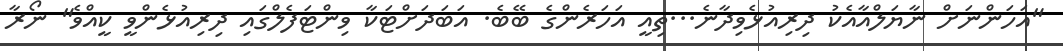
"އަހަންނަށް ނާޔަލްއާއެކު ދިރިއުޅެވިދާނެ...ތިއީ އަހަރެންގެ ބޭބެ. އަބަދަށްޓަކާ ވިންޓަފެލްގައި ދިރިއުޅެންވީ ކީއްވެ" ނޯރާ